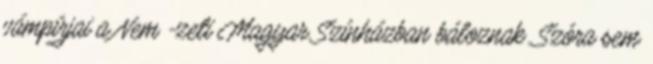
vámpírjai a Nem -zeti Magyar Színházban báloznak. Szóra sem